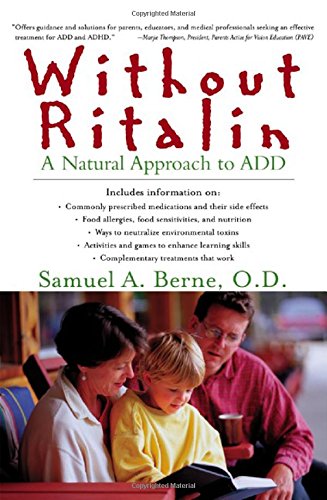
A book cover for Without Ritalin : A Natural Approach to ADD; Samuel A. Berne; Parenting & Relationships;